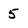
Character: 5